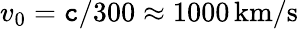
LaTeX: v_{0}=\mathtt{c}/300\approx1000\, {\mathrm{{km/s}}}